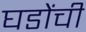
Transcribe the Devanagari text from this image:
घडोंची